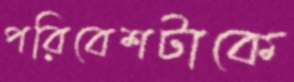
পরিবেশটাকে